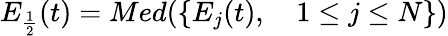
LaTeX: E_{\frac{1}{2}}(t)=Med(\{ E_{j}(t),\quad 1\leq j\leq N\} )